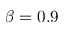
\beta = 0 . 9